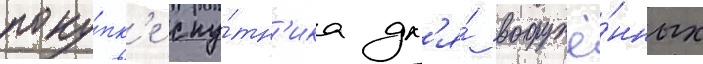
поку́пк'е спу́тн'ика дл'я́ вооружё́нных